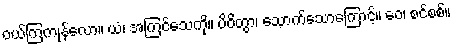
ဝယ်ကြကုန်လော။ ယံ၊ အကြင်သေကို။ ပိဝိတွာ၊ သောက်သောကြောင့်။ ဝေ၊ စင်စစ်။